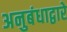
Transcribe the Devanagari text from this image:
अनुबंधाद्वारे